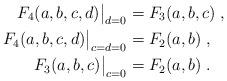
LaTeX: \begin{align*}F_4(a,b,c,d)\big|_{d=0} &= F_3(a,b,c) \;, \\F_4(a,b,c,d)\big|_{c=d=0} &= F_2(a,b) \;, \\F_3(a,b,c)\big|_{c=0} &= F_2(a,b) \;.\end{align*}